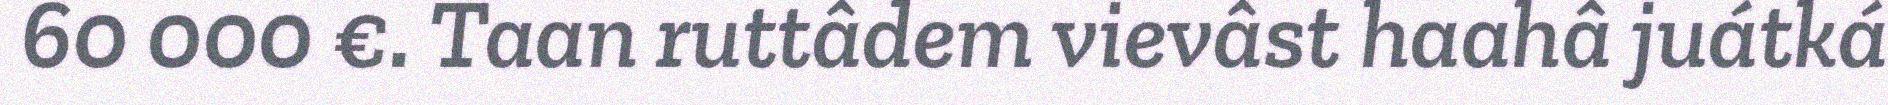
60 000 €. Taan ruttâdem vievâst haahâ juátká